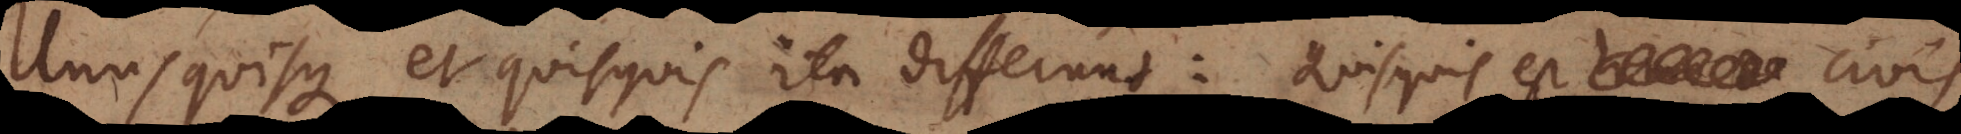
usquisque et quisquis ita differunt: Quisquis est civis